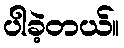
ပါခဲ့တယ်။